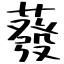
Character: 蕟